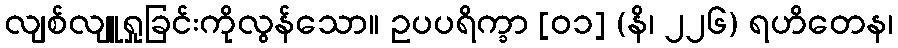
လျစ်လျူရှုခြင်းကိုလွန်သော။ ဥပပရိက္ခာ [၀၁] (နိ၊ ၂၂၆) ရဟိတေန၊